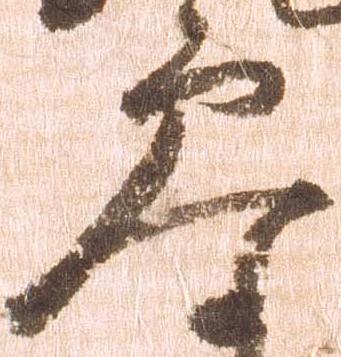
参